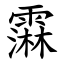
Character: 䨬